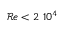
\mathcal { R } e < 2 ~ 1 0 ^ { 4 }